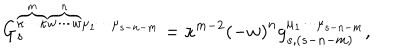
LaTeX: G _ { s } ^ { \overbrace { \kappa \cdots \kappa } ^ { m } \overbrace { w \cdots w } ^ { n } \mu _ { 1 } \cdots \mu _ { s - n - m } } = \kappa ^ { m - 2 } \left( - w \right) ^ { n } g _ { s , ( s - n - m ) } ^ { \mu _ { 1 } \cdots \mu _ { s - n - m } } ,